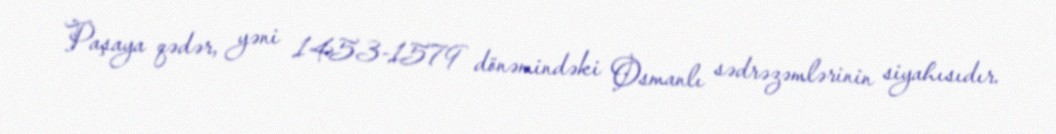
Paşaya qədər, yəni 1453-1579 dönəmindəki Osmanlı sədrəzəmlərinin siyahısıdır.